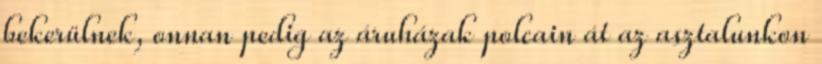
bekerülnek, onnan pedig az áruházak polcain át az asztalunkon